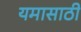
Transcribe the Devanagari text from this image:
यमासाठी